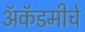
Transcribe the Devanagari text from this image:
अॅकॅडमीचे